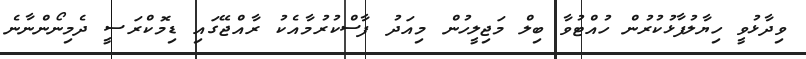
ވިދާޅުވީ ހިޔާލުފާޅުކުރުން ހުއްޓުވާ ބިލް މަޖިލީހުން މިއަދު ފާސްކުރުމާއެކު ރާއްޖޭގައި ޑިމޮކްރަސީ ދެމިނޯންނާނެ